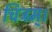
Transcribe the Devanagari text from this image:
चित्रम्।